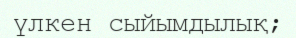
үлкен сыйымдылық;